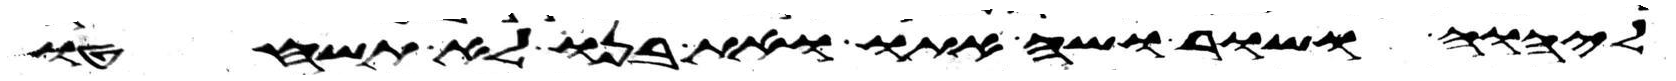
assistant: ליהוה ושור ושה אתו ואת בנו לא תשחטו